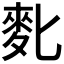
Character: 𪋼